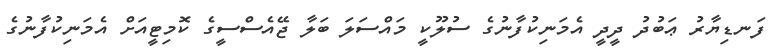
ފަނޑިޔާރު ޢަބުދު ދީދީ އެމަނިކުފާނުގެ ސުލޫކީ މައްސަލަ ބަލާ ޖޭއެސްސީގެ ކޮމިޓީއަށް އެމަނިކުފާނުގެ